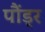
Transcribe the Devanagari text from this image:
पौंड्र